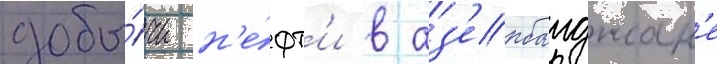
добы́чи н'е́фт'и в аз'ербаиджан'е